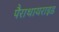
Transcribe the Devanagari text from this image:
पैराथायराइड